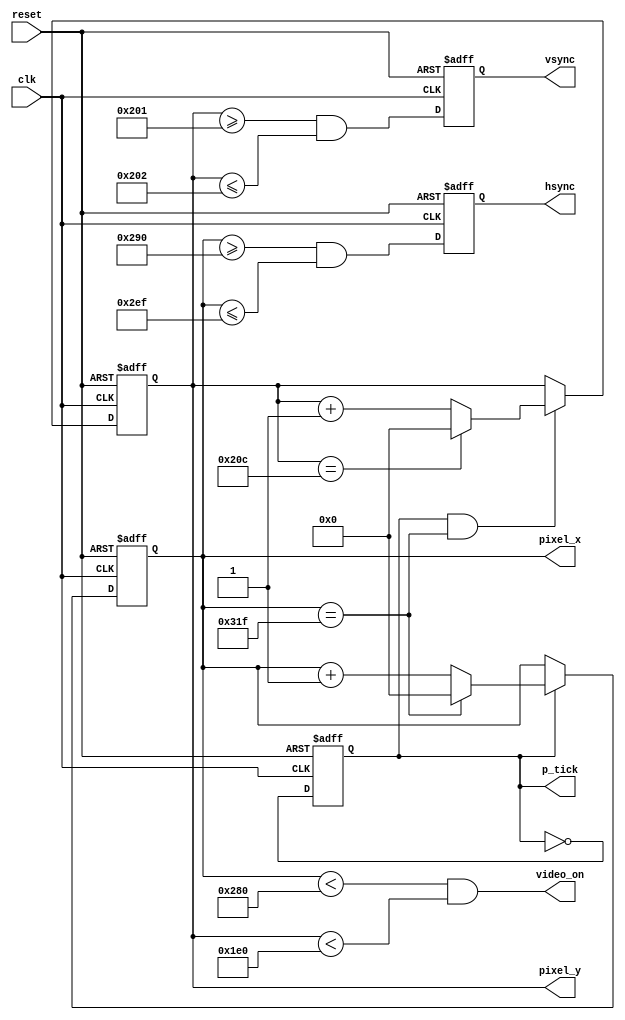
`timescale 1ns / 1ps
//////////////////////////////////////////////////////////////////////////////////
// Company: 
// Engineer: 
// 
// Design Name: 
// Module Name:    vga_sync 
// Project Name: 
// Target Devices: 
// Tool versions: 
// Description: 
//
// Dependencies: 
//
// Revision: 
// Revision 0.01 - File Created
// Additional Comments: 
//
//////////////////////////////////////////////////////////////////////////////////
module vga_sync(
   input wire clk,reset, //seal de reloj de la FPGA y un reset asincrnico para el sistema
	output wire hsync, vsync, video_on, p_tick,	 //seales de monitoreo, sincronizacin y control
	output wire [9:0] pixel_x, pixel_y //seales que permiten ubicar la posicin del pixel_x y pixel_y
	);

	//declarando parmetros
	//Modo VGA 640x480 se considera el uso de los parametros debido a los tiempos de retraso de las compuertas y del monitor mismo
	localparam HD = 640; //Area de dibujo horizontal 
	localparam HF = 48; //Area horizontal de borde negro izquierdo
	localparam HB = 16; //Area horizaontal de borde negro derecho
	localparam HR = 96; //Retraso horizontal debido a reposicion del monitor
	localparam VD = 480; //Area de display vertical
	localparam VF = 10; //Area vertical de borde negro superior
	localparam VB = 33; //Area vertical de borde negro inferior
	localparam VR = 2; //Retraso vertical
	
	// Circuito Divisor de frecuencia
	reg mod2_reg; //Registro Para Contar
	wire mod2_next; //Salida que produce el contador
	
	//Sincronizadores
	reg [9:0] h_count_reg, h_count_next;
	reg [9:0] v_count_reg, v_count_next;
	
	//Buffer de salida para evitar desincronizaciones
	reg v_sync_reg, h_sync_reg;
	wire v_sync_next, h_sync_next;
	
	//Pulsos de control
	wire h_end, v_end, pixel_tick;
	
	//Cuerpo del modulo con los registros
	always @ (posedge clk, posedge reset)
	if (reset)
		begin
			mod2_reg <= 1'b0;
			v_count_reg <= 0;
			h_count_reg <= 0;
			v_sync_reg <= 1'b0;
			h_sync_reg <= 1'b0;
		end
	else
		begin
			mod2_reg <= mod2_next;
			v_count_reg <= v_count_next;
			h_count_reg <= h_count_next;
			v_sync_reg <= v_sync_next;
			h_sync_reg <= h_sync_next;
		end
	//generador de 25MHZ
	assign mod2_next = ~mod2_reg;
	assign pixel_tick = mod2_reg;
 
	//Pulsos de estado
	//asignando el contador horizontal
	assign h_end = (h_count_reg == (HD+HF+HB+HR-1));
	//asignando el contador vertical
	assign v_end = (v_count_reg == (VD+VF+VB+VR-1));

	//logica del siguiente estado horizontal
	always @*
		if (pixel_tick)
			if (h_end)
				h_count_next = 0;
			else 
				h_count_next = h_count_reg + 1;
		else
			h_count_next = h_count_reg;
		
	//logica del sigueinte estado vertical
	always @*
		if (pixel_tick & h_end)
			if (v_end)
				v_count_next = 0;
			else 
				v_count_next = v_count_reg + 1;
		else
			v_count_next = v_count_reg;
		
	//sincronizacion vertical y horizontal con buffer para evitar datos errados

	//h_sync sincronizacion horizontal
	assign h_sync_next = (h_count_reg >= (HD+HB) && h_count_reg <= (HD+HB+HR-1));

	//v_syncsincronizacion vertical
	assign v_sync_next = (v_count_reg >= (VD+VB) && v_count_reg <= (VD+VB+VR-1));

	//puslo de control de video para encender el proceso de coloracion
	assign video_on = (h_count_reg < HD) && (v_count_reg < VD);

	//salidas
	assign hsync = h_sync_reg;
	assign vsync = v_sync_reg;
	assign pixel_x = h_count_reg;
	assign pixel_y = v_count_reg;
	assign p_tick = pixel_tick;

endmodule